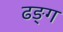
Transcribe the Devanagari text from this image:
ढङ्ग